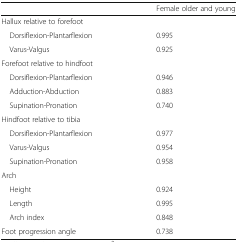
<table><thead><tr><td></td><td><b>Female older and young</b></td></tr></thead><tbody><tr><td colspan="2">Hallux relative to forefoot</td></tr><tr><td> Dorsiflexion-Plantarflexion</td><td>0.995</td></tr><tr><td> Varus-Valgus</td><td>0.925</td></tr><tr><td colspan="2">Forefoot relative to hindfoot</td></tr><tr><td> Dorsiflexion-Plantarflexion</td><td>0.946</td></tr><tr><td> Adduction-Abduction</td><td>0.883</td></tr><tr><td> Supination-Pronation</td><td>0.740</td></tr><tr><td colspan="2">Hindfoot relative to tibia</td></tr><tr><td> Dorsiflexion-Plantarflexion</td><td>0.977</td></tr><tr><td> Varus-Valgus</td><td>0.954</td></tr><tr><td> Supination-Pronation</td><td>0.958</td></tr><tr><td colspan="2">Arch</td></tr><tr><td> Height</td><td>0.924</td></tr><tr><td> Length</td><td>0.995</td></tr><tr><td> Arch index</td><td>0.848</td></tr><tr><td>Foot progression angle</td><td>0.738</td></tr></tbody></table>